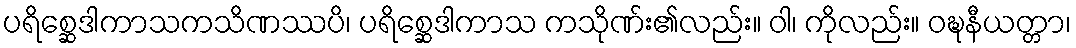
ပရိစ္ဆေဒါကာသကသိဏဿပိ၊ ပရိစ္ဆေဒါကာသ ကသိုဏ်း၏လည်း။ ဝါ၊ ကိုလည်း။ ဝဍ္ဎနီယတ္တာ၊